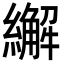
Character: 繲